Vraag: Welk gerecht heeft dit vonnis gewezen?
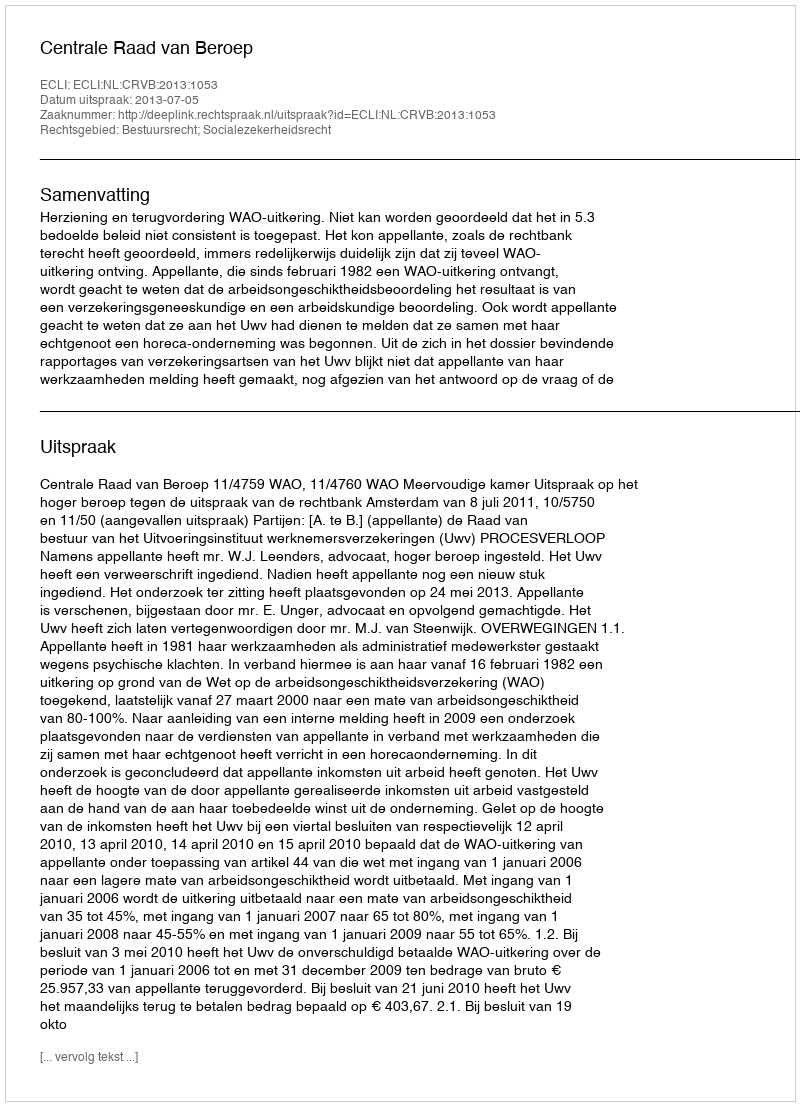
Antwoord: Centrale Raad van Beroep